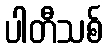
ပါတီသစ်